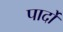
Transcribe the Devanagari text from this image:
पार्दो